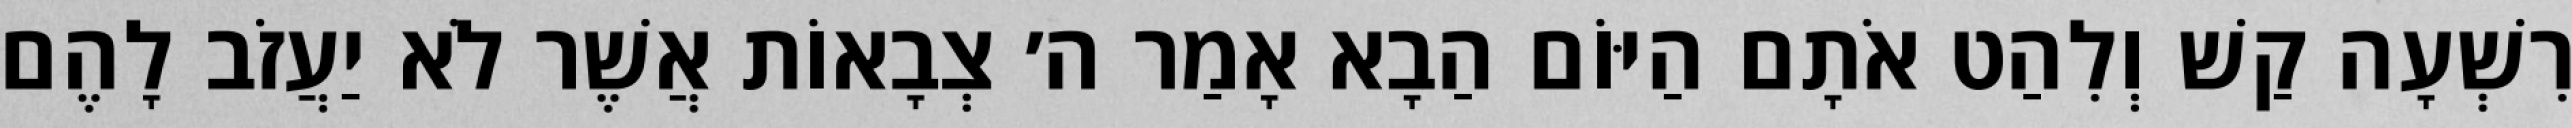
רִשְׁעָה קַשׁ וְלִהַט אֹתָם הַיּוֹם הַבָא אָמַר ה׳ צְבָאוֹת אֲשֶׁר לֹא יַעֲזֹב לָהֶם